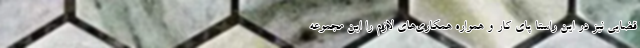
قضایی نیز در این راستا پای کار و همواره همکاری‌های لازم را این مجموعه